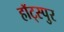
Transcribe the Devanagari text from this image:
हॉट्स्पुर